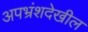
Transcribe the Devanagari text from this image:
अपभ्रंशदेखील